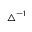
\triangle ^ { - 1 }